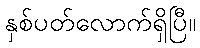
နှစ်ပတ်လောက်ရှိပြီ။